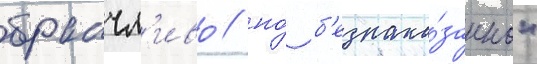
бранчл'иво / но́ б'езнака́занно"